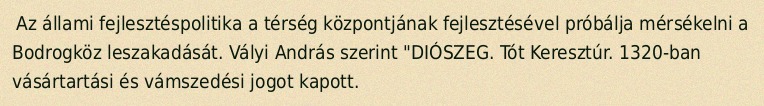
Az állami fejlesztéspolitika a térség központjának fejlesztésével próbálja mérsékelni a Bodrogköz leszakadását. Vályi András szerint "DIÓSZEG. Tót Keresztúr. 1320-ban vásártartási és vámszedési jogot kapott.